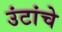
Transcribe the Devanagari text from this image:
उंटांचे